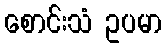
စောင်းသံ ဥပမာ